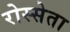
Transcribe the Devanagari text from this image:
रोस्सेता